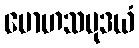
မောဟသမုဒယံ